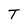
Character: T